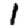
Digit: 1